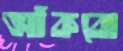
আঁকবো